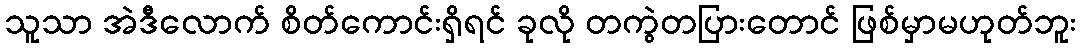
သူသာ အဲဒီလောက် စိတ်ကောင်းရှိရင် ခုလို တကွဲတပြားတောင် ဖြစ်မှာမဟုတ်ဘူး